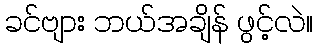
ခင်ဗျား ဘယ်အချိန် ဖွင့်လဲ။